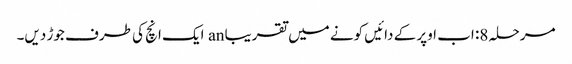
مرحلہ 8: اب اوپر کے دائیں کونے میں تقریبا an ایک انچ کی طرف جوڑ دیں۔